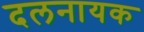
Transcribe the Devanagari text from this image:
दलनायक